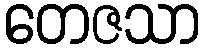
တေဇသာ